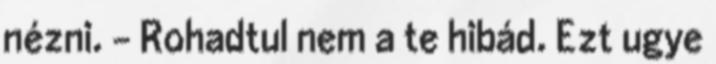
nézni. – Rohadtul nem a te hibád. Ezt ugye